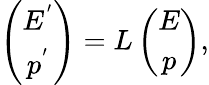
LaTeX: \begin{array}{r}{\left(\begin{array}{cc}{E^{'}}\\ {p^{'}}\end{array}\right)=L\left(\begin{array}{cc}{E}\\ {p}\end{array}\right),}\end{array}